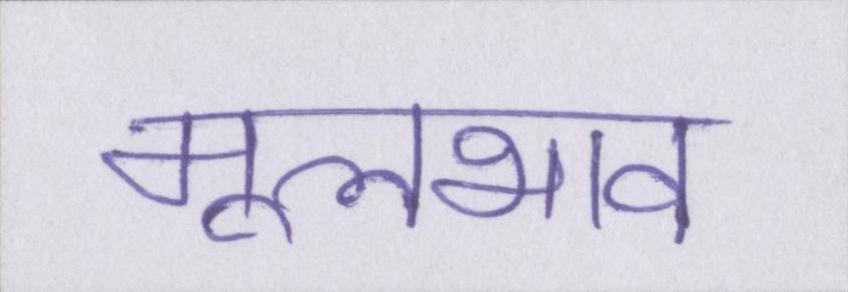
मूलभाव